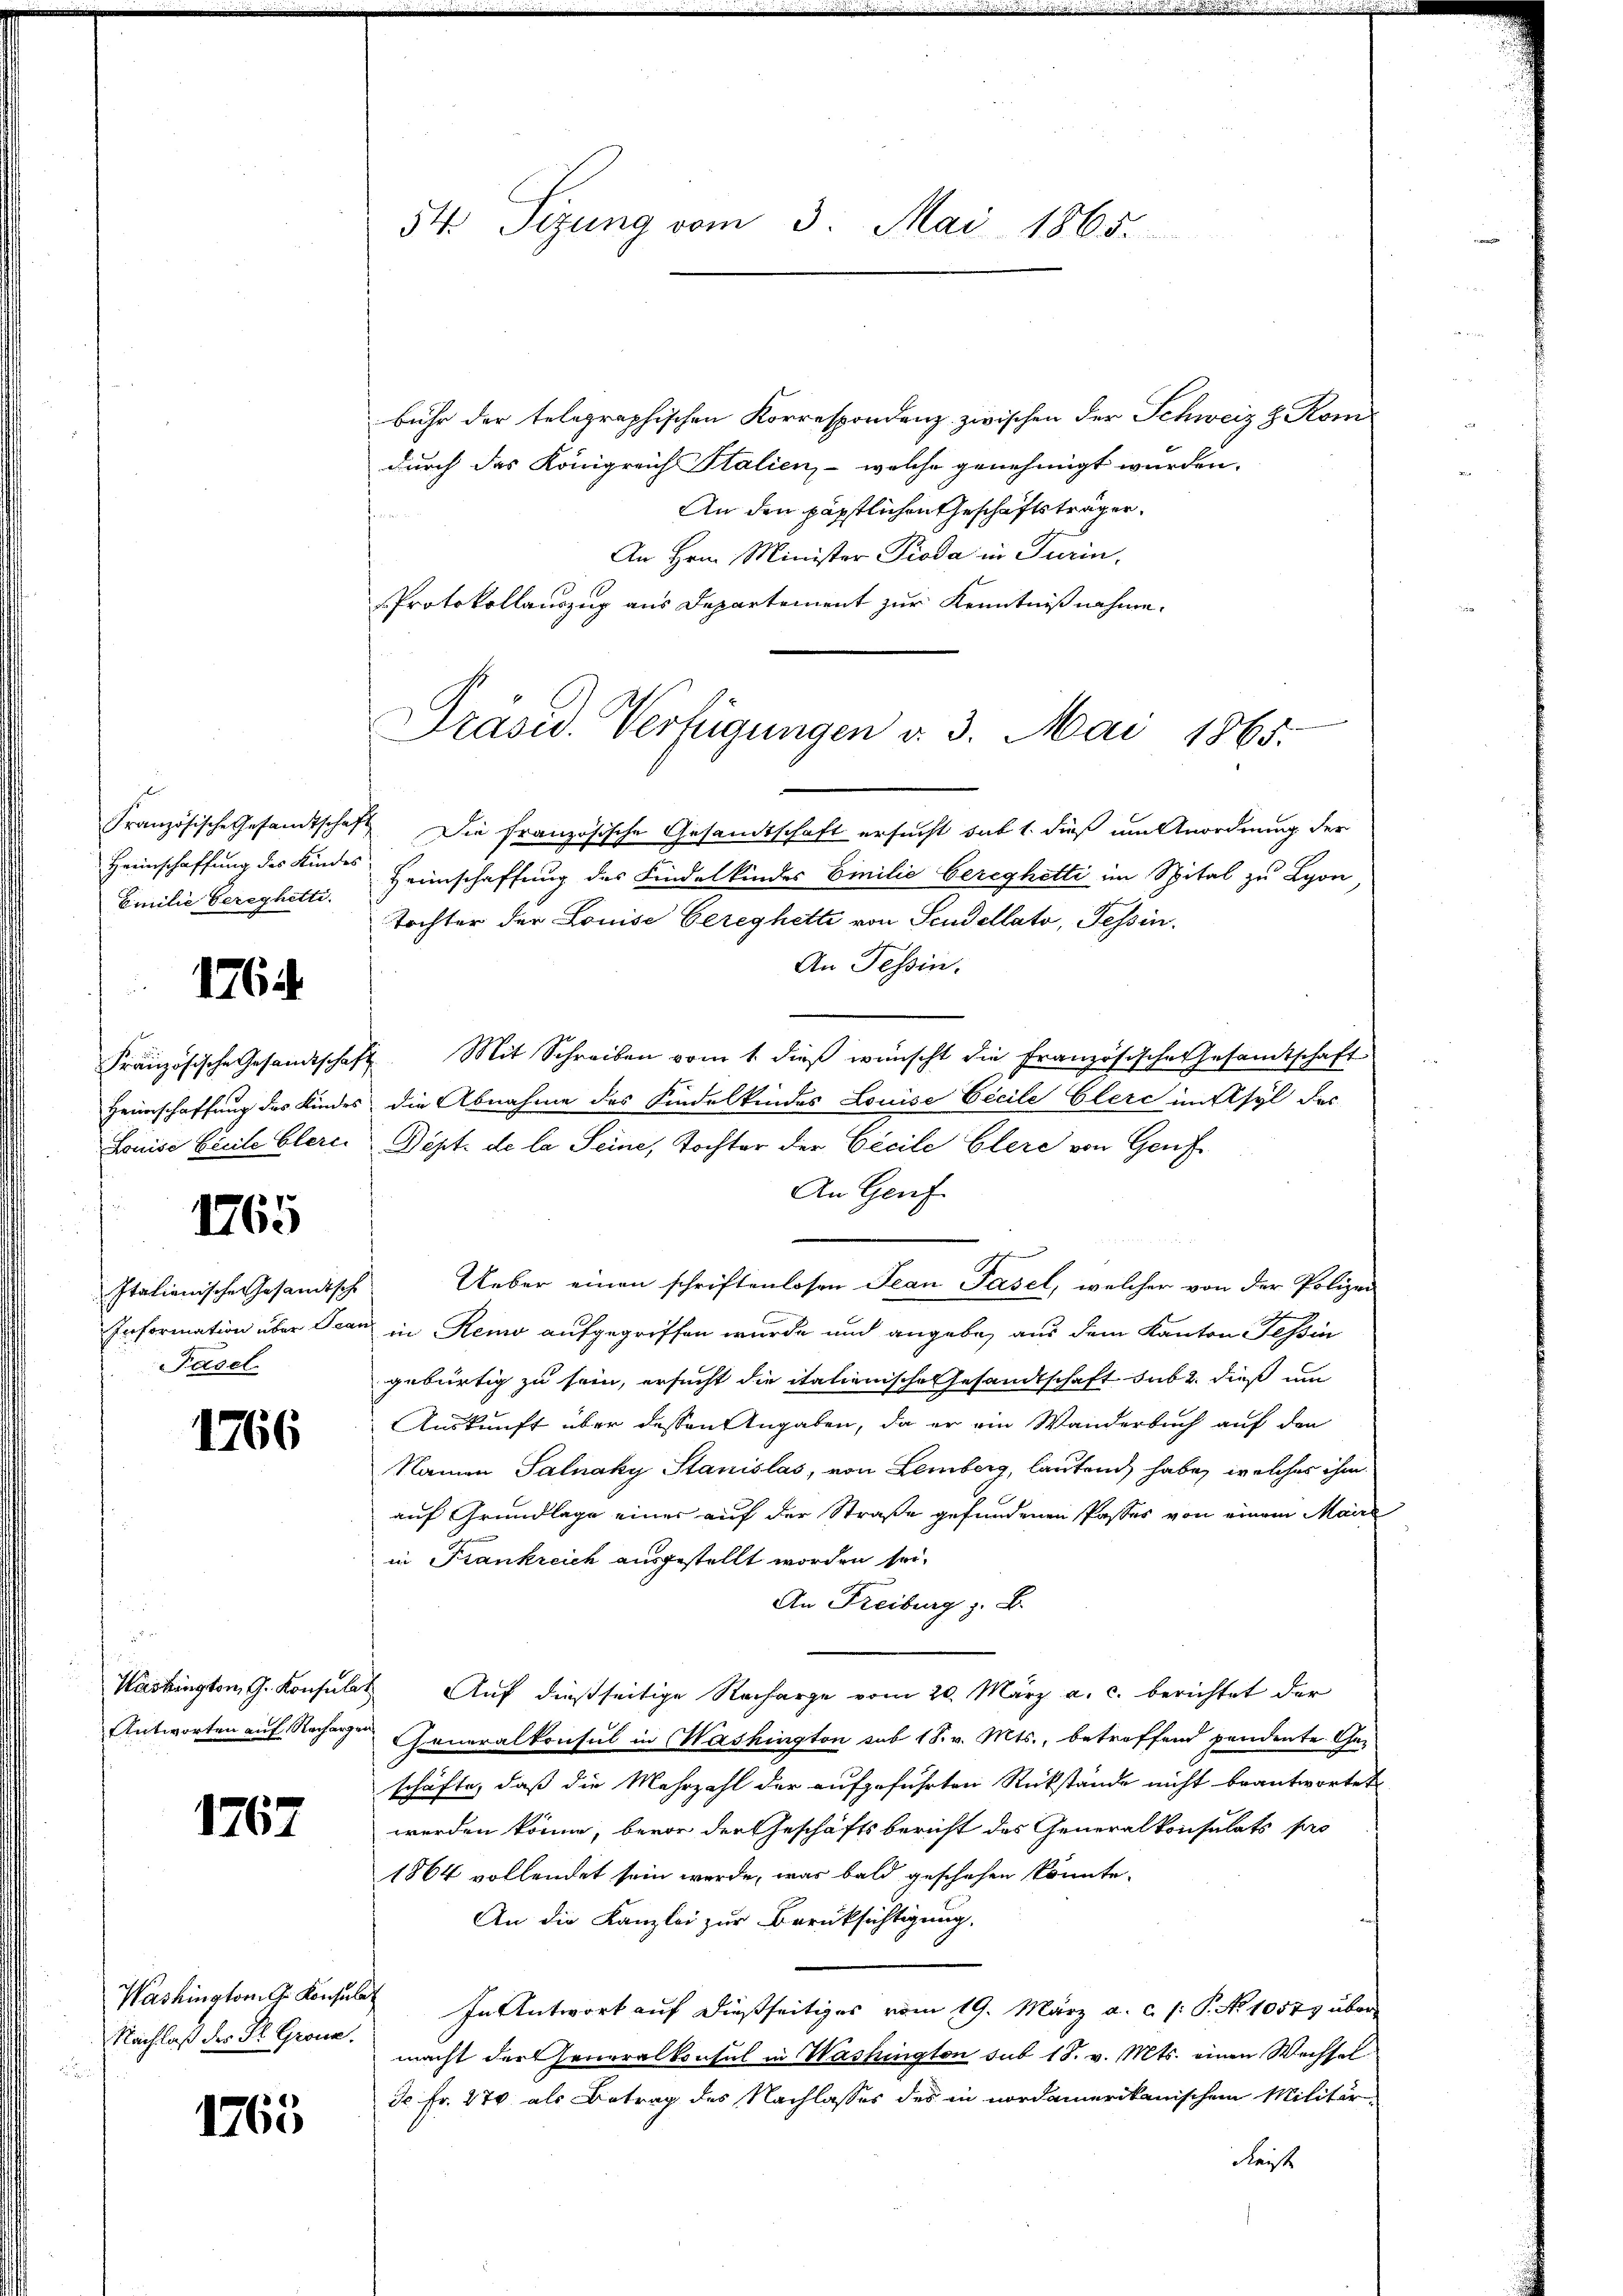
Hreinschaffung des Kindes
Emilie Gerechetti

1764

1765

Basel

1766

1767

d

1765

54 Sizung vom 3. Mai 1865.

buhr der telegraphischen Korrespondenz zwischen der Schweiz 3. Kom
durch das Königreich Italien, - welche genehmigt wurden.
An den päpstlichen Geschäftsträger,
n
An Hrn. Minister Pioda in Turin,
Protokollauszug aus Departement zur Kenntnißnahme.

Französische Gesandtschaft Die französische Gesandtschaft ersucht sub 1. dieß um Anordnung der
Heimschaffung des Kindelkindes Emilie bereghetti im Spital zu Lyon,
Tochter der Louise bereghette von Scudellato, Tessin.
An Tessin.
Französische Gesandtschaft. Mit Schreiben vom 1. dieß wünscht die französische Gesamtschaft
Heimschaffung des Kindes die Abnahme des Kindelkindes Louise Cecile Elerc im Asyl des
Louise Beile blere Sept. de la Seine, Tochter der Cicile Elere von Genf
An Genf.
Italienische Gesandtsche Ueber einen schriftenlosen Jean Pasel, welcher von der Polizei
Information über Jean in Remo aufgegriffen wurde und angebe, aus dem Kanton Tessin
gebürtig zu sein, ersucht die italienische Gesandtschaft sub 2. dieß um
Auskunft über dessen Angaben, da er ein Wanderbuch auf den
Namen Salnaky Stanislas, von Lemberg, lautend habe, welches ihm
auf Grundlage einer auf der Straße gefundenen Passes von einem Maire
in Krankreich ausgestellt worden sei.
An Freiburg z. B.
Washington, G. Konsulat Auf dießseitige Recharge vom 20. März a. c. berichtet der
Antworten auf Recharge Generalkonsul in Washington sub 18. v. Mts., betreffend pendente Geschäfte, daß die Mehrzahl der aufgeführten Rückstände nicht beantwortet
werden könne, bevor der Geschäftsbericht des Generalkonsulats pro
1864 vollendet sein werde, was bald geschehen könnte.
An die Kanzlei zur Berüksichtigung,
Washington G. Konsul In Antwort auf dießseitiges vom 19. März a. c. s. P. No 10579 über
Nachlaß des St. Grone macht der Generalkonsul in Washington sub 18. v. Mts. einen Wechsel
Je Fr. 270 als Betrag des Nachlasses des in nordamerikanischem Militär-
Fleiste

Präsid. Verfügungen v. 3. Mai 1865.